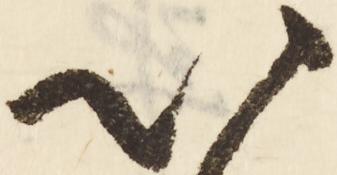
以